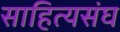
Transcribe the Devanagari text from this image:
साहित्यसंघ